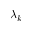
\lambda _ { k }